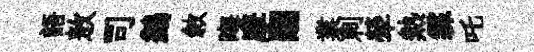
語敖司鷁敘晦摩翮業刺犖熱霖吒